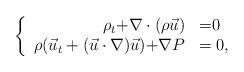
LaTeX: \begin{align*}\left\{\begin{array}[c]{rl}{\normalsize \rho}_{t}{\normalsize +\nabla\cdot(\rho\vec{u})} &{\normalsize =}{\normalsize 0}\\\rho(\vec{u}_{t}+(\vec{u}\cdot\nabla)\vec{u}){\normalsize +\nabla P} &{\normalsize =0,}\end{array}\right.\end{align*}